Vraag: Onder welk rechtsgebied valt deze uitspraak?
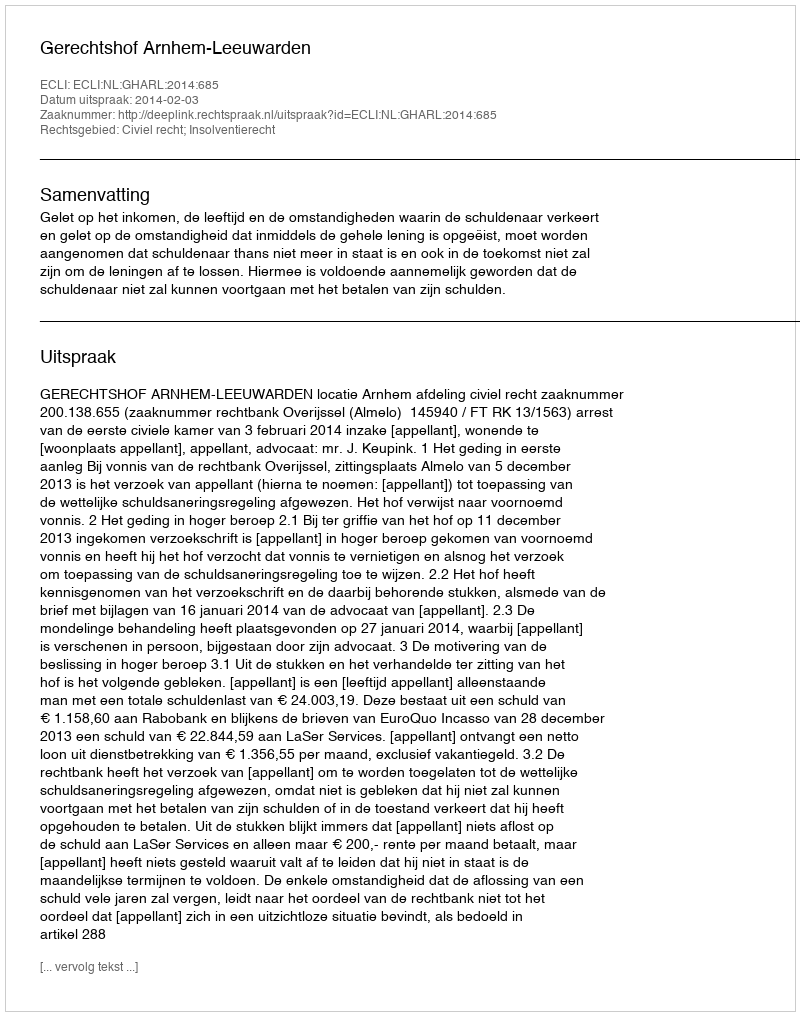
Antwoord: Civiel recht; Insolventierecht